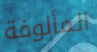
المألوفة